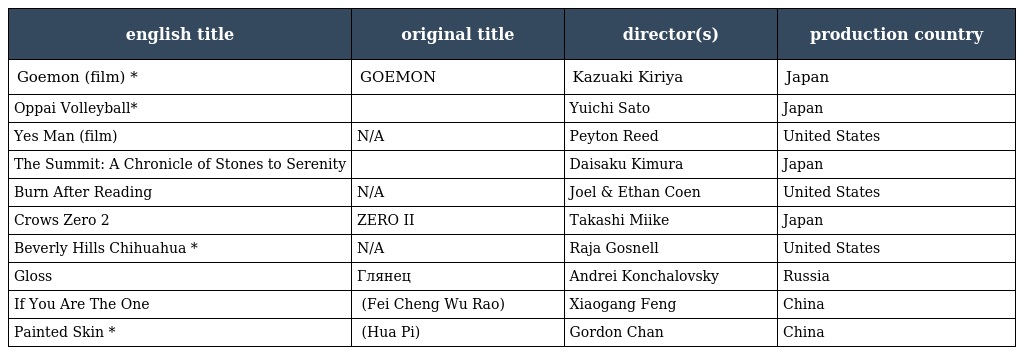
| english title | original title | director(s) | production country |
 | --- | --- | --- | --- |
 | Goemon (film) * | GOEMON | Kazuaki Kiriya | Japan |
 | Oppai Volleyball* | おっぱいバレー | Yuichi Sato | Japan |
 | Yes Man (film) | N/A | Peyton Reed | United States |
 | The Summit: A Chronicle of Stones to Serenity | 劔岳　点の記 | Daisaku Kimura | Japan |
 | Burn After Reading | N/A | Joel & Ethan Coen | United States |
 | Crows Zero 2 | クローズZERO II | Takashi Miike | Japan |
 | Beverly Hills Chihuahua * | N/A | Raja Gosnell | United States |
 | Gloss | Глянец | Andrei Konchalovsky | Russia |
 | If You Are The One | 非诚勿扰 (Fei Cheng Wu Rao) | Xiaogang Feng | China |
 | Painted Skin * | 画皮 (Hua Pi) | Gordon Chan | China |